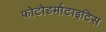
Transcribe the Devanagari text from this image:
फोटोडर्माटाइटिस